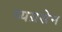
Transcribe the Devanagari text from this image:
व्यग्रसेन